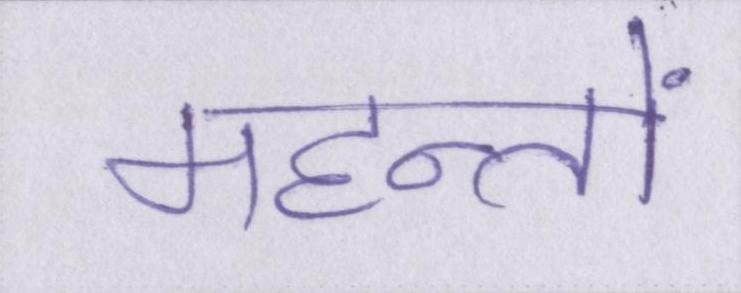
महन्तों